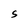
Character: S